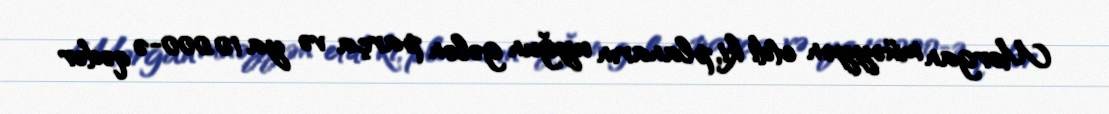
Morgan müəyyən etdi ki, planarın uyğun gələn parça və ya 10.000-ə qədər